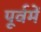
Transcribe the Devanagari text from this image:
पूर्वमें